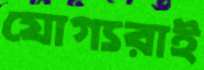
যোগ্যরাই